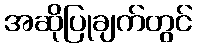
အဆိုပြုချက်တွင်